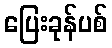
ပြေးခုန်ပစ်